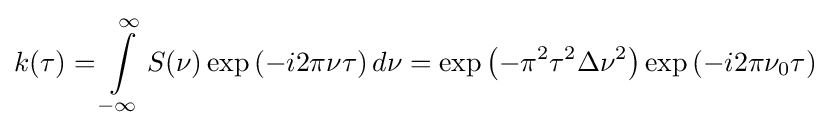
k(\tau )=\int \limits _{-\infty }^{\infty }S(\nu )\exp \left(-i2\pi \nu \tau \right)d\nu =\exp \left(-\pi ^{2}\tau ^{2}\Delta \nu ^{2}\right)\exp \left(-i2\pi \nu _{0}\tau \right)